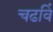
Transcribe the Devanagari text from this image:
चढविं